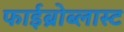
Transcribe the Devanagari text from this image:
फाईब्रोब्लास्ट